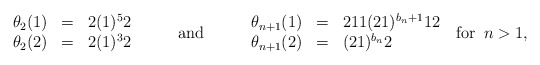
\begin{align*}\begin{array}{rcl}\theta_2(1) &= & 2(1)^52 \\\theta_2(2) &= & 2(1)^32\end{array}& \textrm{\; \; \; \; and\; \; \; \; }\begin{array}{rcl}\theta_{n+1}(1) &=& 211(21)^{b_n+1}12 \\\theta_{n+1}(2) &=& (21)^{b_n}2\end{array} \; \; \textrm{for\, } n > 1,\end{align*}